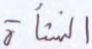
النشأة